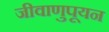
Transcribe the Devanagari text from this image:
जीवाणुपूयन